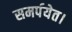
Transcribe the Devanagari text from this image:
समर्पयेत।